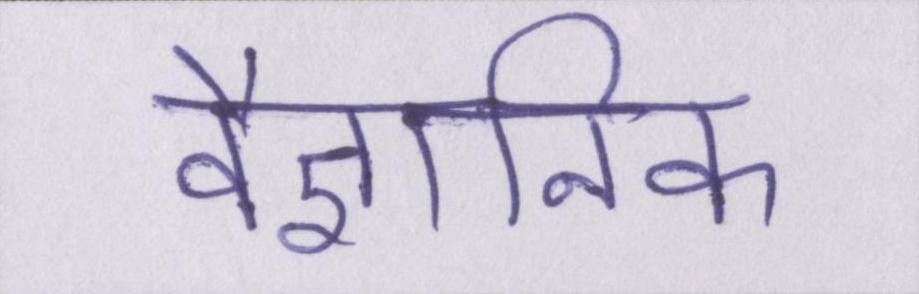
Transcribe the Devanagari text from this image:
वैज्ञानिक